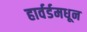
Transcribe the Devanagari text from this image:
हार्वर्डमधून